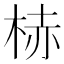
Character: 𪲒